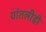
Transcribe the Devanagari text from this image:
यांतलीही